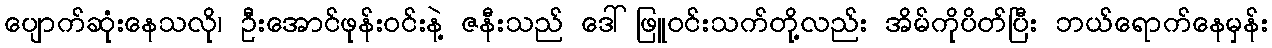
ပျောက်ဆုံးနေသလို၊ ဦးအောင်ဖုန်းဝင်းနဲ့ ဇနီးသည် ဒေါ်ဖြူဝင်းသက်တို့လည်း အိမ်ကိုပိတ်ပြီး ဘယ်ရောက်နေမှန်း